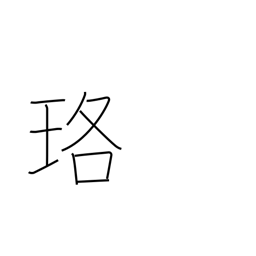
Meaning: necklace